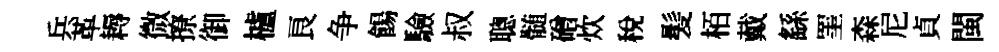
兵革耨微撩御櫨良争餳驗叔聰髄磳炊稅髪栢戴繇罣森尼貞閩